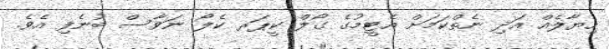
ހިޔާލެއް އަދި ނެތްކަމަށް އެޓީމުގެ ގޯލް ކީޕަރ ކެލޯ ނަވާސް ބުނެފި އެވެ.